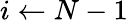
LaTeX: i\gets N-1